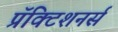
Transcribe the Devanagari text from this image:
प्रॅक्टिशनर्स